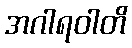
အဂါရဝါတိ